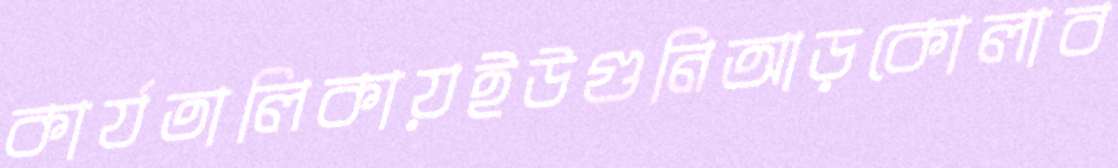
কার্যতালিকায়ইউগুনিআড়কোলাব